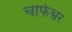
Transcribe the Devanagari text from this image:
चाफेश्वर